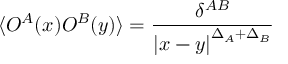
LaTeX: \langle { \cal O } ^ { A } ( x ) { \cal O } ^ { B } ( y ) \rangle = \frac { \delta ^ { A B } } { \left| x - y \right| ^ { \Delta _ { A } + \Delta _ { B } } }